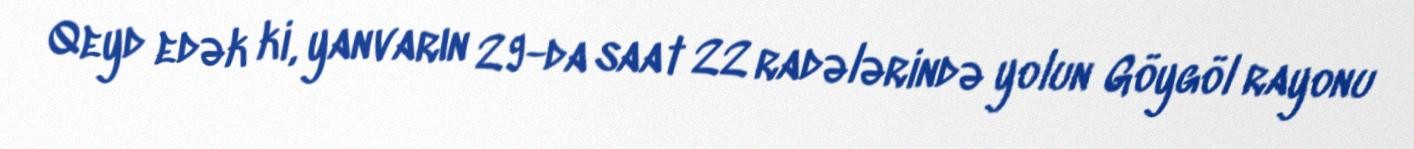
Qeyd edək ki, yanvarın 29-da saat 22 radələrində yolun Göygöl rayonu